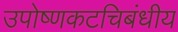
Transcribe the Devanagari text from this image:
उपोष्णकटचिबंधीय